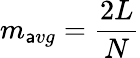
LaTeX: m_{\mathsf{a}vg}=\frac{{2L}}{{N}}